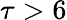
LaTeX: \tau>6